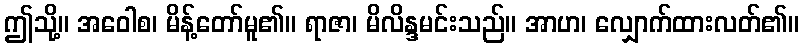
ဤသို့။ အဝေါစ၊ မိန့်တော်မူ၏။ ရာဇာ၊ မိလိန္ဒမင်းသည်။ အာဟ၊ လျှောက်ထားလတ်၏။